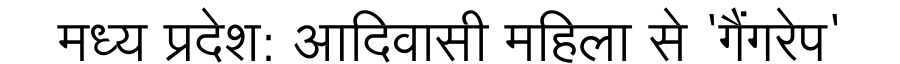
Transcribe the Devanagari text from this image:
मध्य प्रदेश: आदिवासी महिला से 'गैंगरेप'